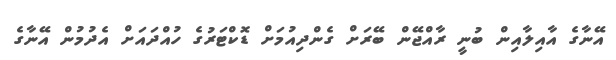
އޭނާގެ އާއިލާއިން ބުނީ ރާއްޖޭން ބޭރަށް ގެންދިއުމަށް ޑޮކްޓަރުގެ ހުއްދައަށް އެދުމުން އޭނާގެ